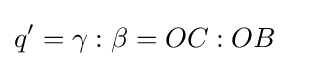
q'=\gamma :\beta =OC:OB\quad